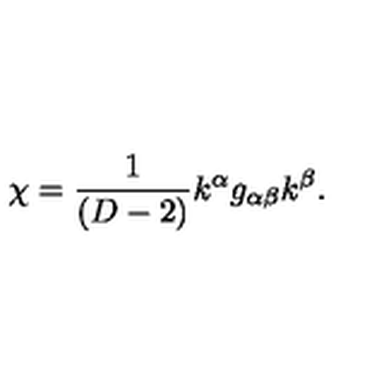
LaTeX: \chi = \frac 1 { ( D - 2 ) } k ^ { \alpha } g _ { \alpha \beta } k ^ { \beta } .